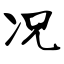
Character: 况